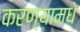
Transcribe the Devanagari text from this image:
करण्यामधे